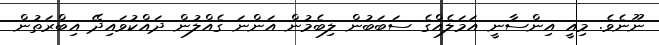
ނޫނެވެ. މިއީ އިންސާނީ އަމަލެއްގެ ސަބަބުން ލިބެމުން އަންނަ ގެއްލުން ދައްކުވައިދޭ އިބްރަތުން